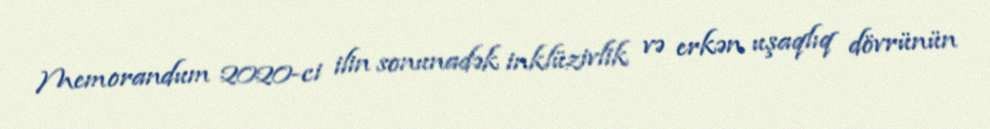
Memorandum 2020-ci ilin sonunadək inklüzivlik və erkən uşaqlıq dövrünün